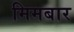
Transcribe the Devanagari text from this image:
मिमबार